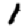
Digit: 1